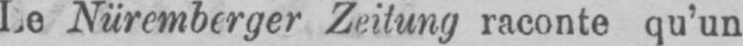
Le Nüremberger Zeitung raconte qu’un